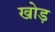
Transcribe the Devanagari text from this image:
खोड़